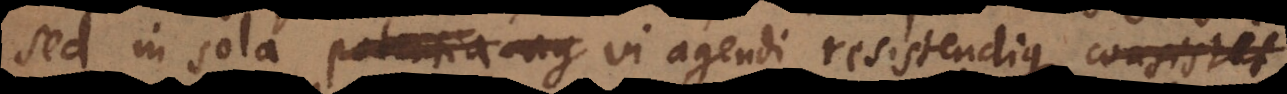
sed in sola potentia ag vi agendi resistendique